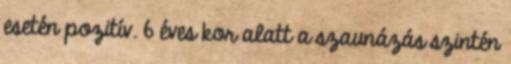
esetén pozitív. 6 éves kor alatt a szaunázás szintén